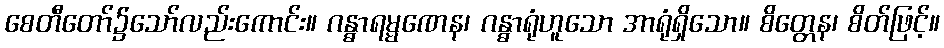
စေတီတော်၌သော်လည်းကောင်း။ ဂန္ဓာရမ္မဏေန၊ ဂန္ဓာရုံဟူသော အာရုံရှိသော။ စိတ္တေန၊ စိတ်ဖြင့်။